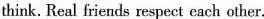
think. Real friends respect each other.